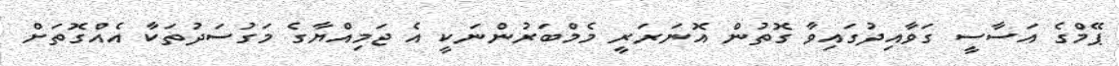
ޕޭމްގެ އަސާސީ ގަވާއިދުގައިވާ ގޮތުން އޮނަރަރީ މެމްބަރުންނަކީ އެ ޖަމިއްޔާގެ މަގުސަދުތަކާ އެއްގޮތަށް